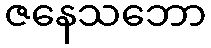
ဇနေသဘော